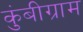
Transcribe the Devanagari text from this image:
कुंबीग्राम